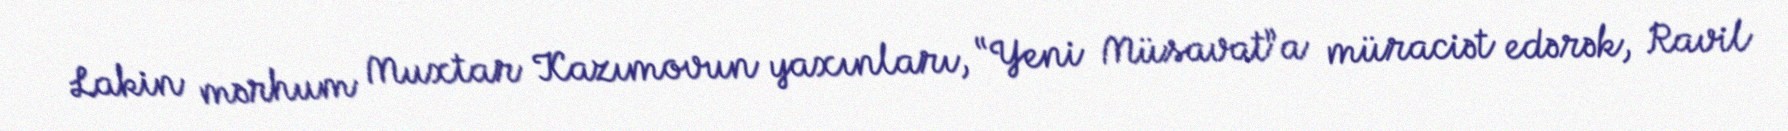
Lakin mərhum Muxtar Kazımovun yaxınları, “Yeni Müsavat”a müraciət edərək, Ravil